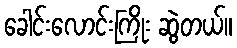
ခေါင်းလောင်းကြိုး ဆွဲတယ်။